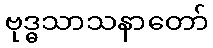
ဗုဒ္ဓသာသနာတော်